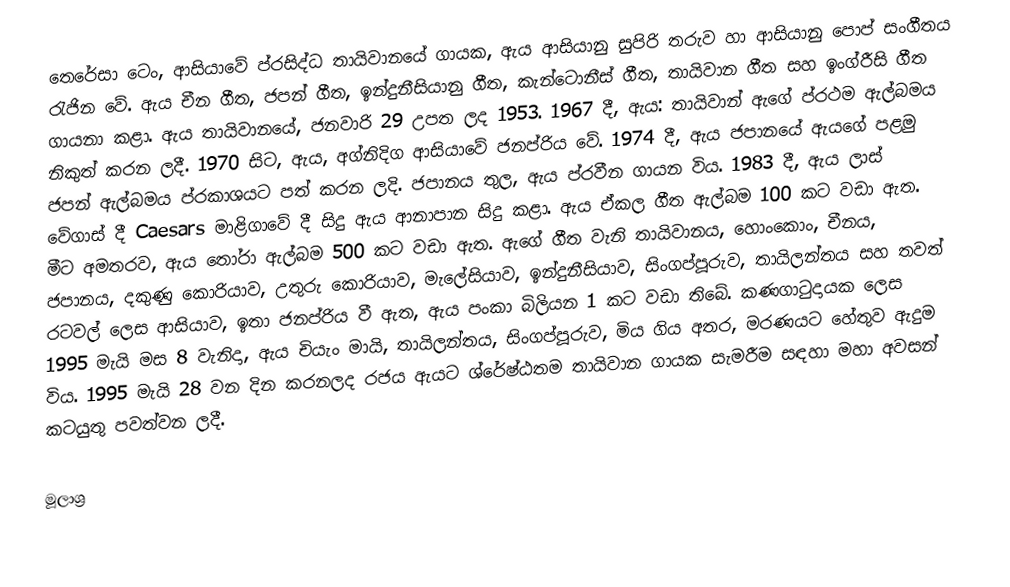
තෙරේසා ටෙං, ආසියාවේ ප්රසිද්ධ තායිවානයේ ගායක, ඇය ආසියානු සුපිරි තරුව හා ආසියානු පොප් සංගීතය රැජින වේ. ඇය චීන ගීත, ජපන් ගීත, ඉන්දුනීසියානු ගීත, කැන්ටොනීස් ගීත, තායිවාන ගීත සහ ඉංග්රීසි ගීත ගායනා කළා. ඇය තායිවානයේ, ජනවාරි 29 උපත ලද 1953. 1967 දී, ඇය: තායිවාන් ඇගේ ප්රථම ඇල්බමය නිකුත් කරන ලදී. 1970 සිට, ඇය, අග්නිදිග ආසියාවේ ජනප්රිය වේ. 1974 දී, ඇය ජපානයේ ඇයගේ පළමු ජපන් ඇල්බමය ප්රකාශයට පත් කරන ලදි. ජපානය තුල, ඇය ප්රවීන ගායන විය. 1983 දී, ඇය ලාස් වේගාස් දී Caesars මාළිගාවේ දී සිදු ඇය ආනාපාන සිදු කළා. ඇය ඒකල ගීත ඇල්බම 100 කට වඩා ඇත. මීට අමතරව, ඇය තෝරා ඇල්බම 500 කට වඩා ඇත. ඇගේ ගීත වැනි තායිවානය, හොංකොං, චීනය, ජපානය, දකුණු කොරියාව, උතුරු කොරියාව, මැලේසියාව, ඉන්දුනීසියාව, සිංගප්පූරුව, තායිලන්තය සහ තවත් රටවල් ලෙස ආසියාව, ඉතා ජනප්රිය වී ඇත, ඇය පංකා බිලියන 1 කට වඩා තිබේ. කණගාටුදායක ලෙස 1995 මැයි මස 8 වැනිදා, ඇය චියැං මායි, තායිලන්තය, සිංගප්පූරුව, මිය ගිය අතර, මරණයට හේතුව ඇදුම විය. 1995 මැයි 28 වන දින කරනලද රජය ඇයට ශ්රේෂ්ඨතම තායිවාන ගායක සැමරීම සඳහා මහා අවසන් කටයුතු පවත්වන ලදී.

මූලාශ්‍ර